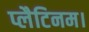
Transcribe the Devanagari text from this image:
प्लैटिनम।